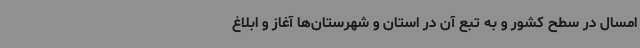
امسال در سطح کشور و به تبع آن در استان و شهرستان‌ها آغاز و ابلاغ